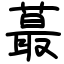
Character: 蕞